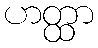
ဟတ္ထာ